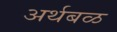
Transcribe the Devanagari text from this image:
अर्थबळ